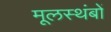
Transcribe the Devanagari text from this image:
मूलस्थंबों